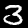
Label: 3